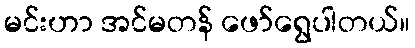
မင်းဟာ အင်မတန် ဖော်ရွေပါတယ်။